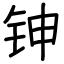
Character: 𬬹